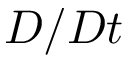
D / D t